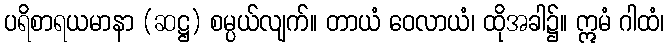
ပရိစာရယမာနာ (ဆဋ္ဌ) စမ္ပယ်လျက်။ တာယံ ဝေလာယံ၊ ထိုအခါ၌။ ဣမံ ဂါထံ၊